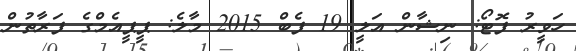
ހަވީރު ފޮޓޯ: ނިޝާން އަލީ 19 ފެބް 2015 މާލެ: ޕީޕީއެމްގެ ފަރާތުން